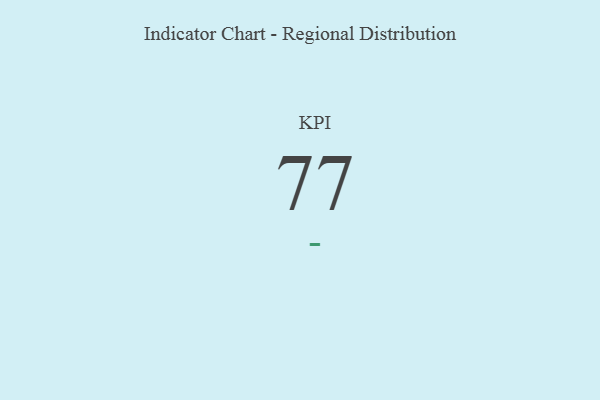
{"axis": {"x": "KPI", "y": "Value"}, "legend": [""], "data": [{"x": "KPI", "y": 77, "type": ""}]}